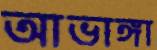
আভাঙ্গা